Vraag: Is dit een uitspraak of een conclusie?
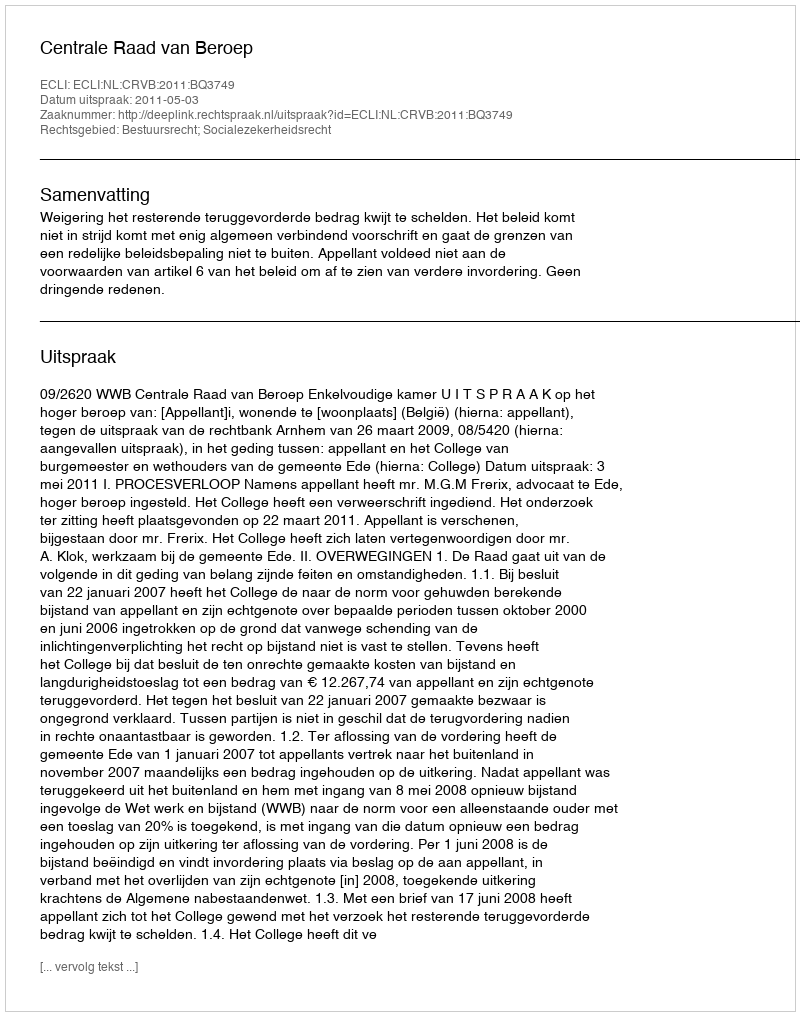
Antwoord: Uitspraak